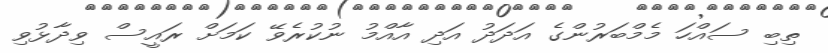
ތިބި ސައްހަ މެމްބަރުންގެ އަދަދު އަދި އާއްމު ނުކުރެވޭ ކަމަށް ރައީސް ވިދާޅުވި